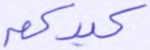
كيدكم